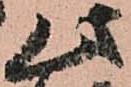
此